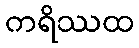
ကရိဿထ